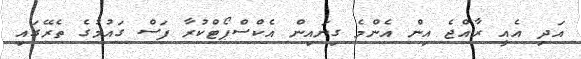
އަދި އެއީ ރާއްޖެ އިން އެންމެ ގިނައިން އެކްސްޕޯޓްކުރާ ފަސް ގައުމުގެ ތެރޭގައި